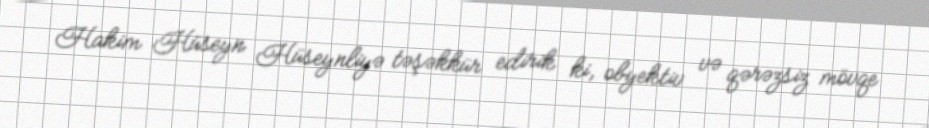
Hakim Hüseyn Hüseynliyə təşəkkür edirik ki, obyektiv və qərəzsiz mövqe